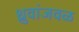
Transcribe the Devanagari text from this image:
ध्रुवांजवळ